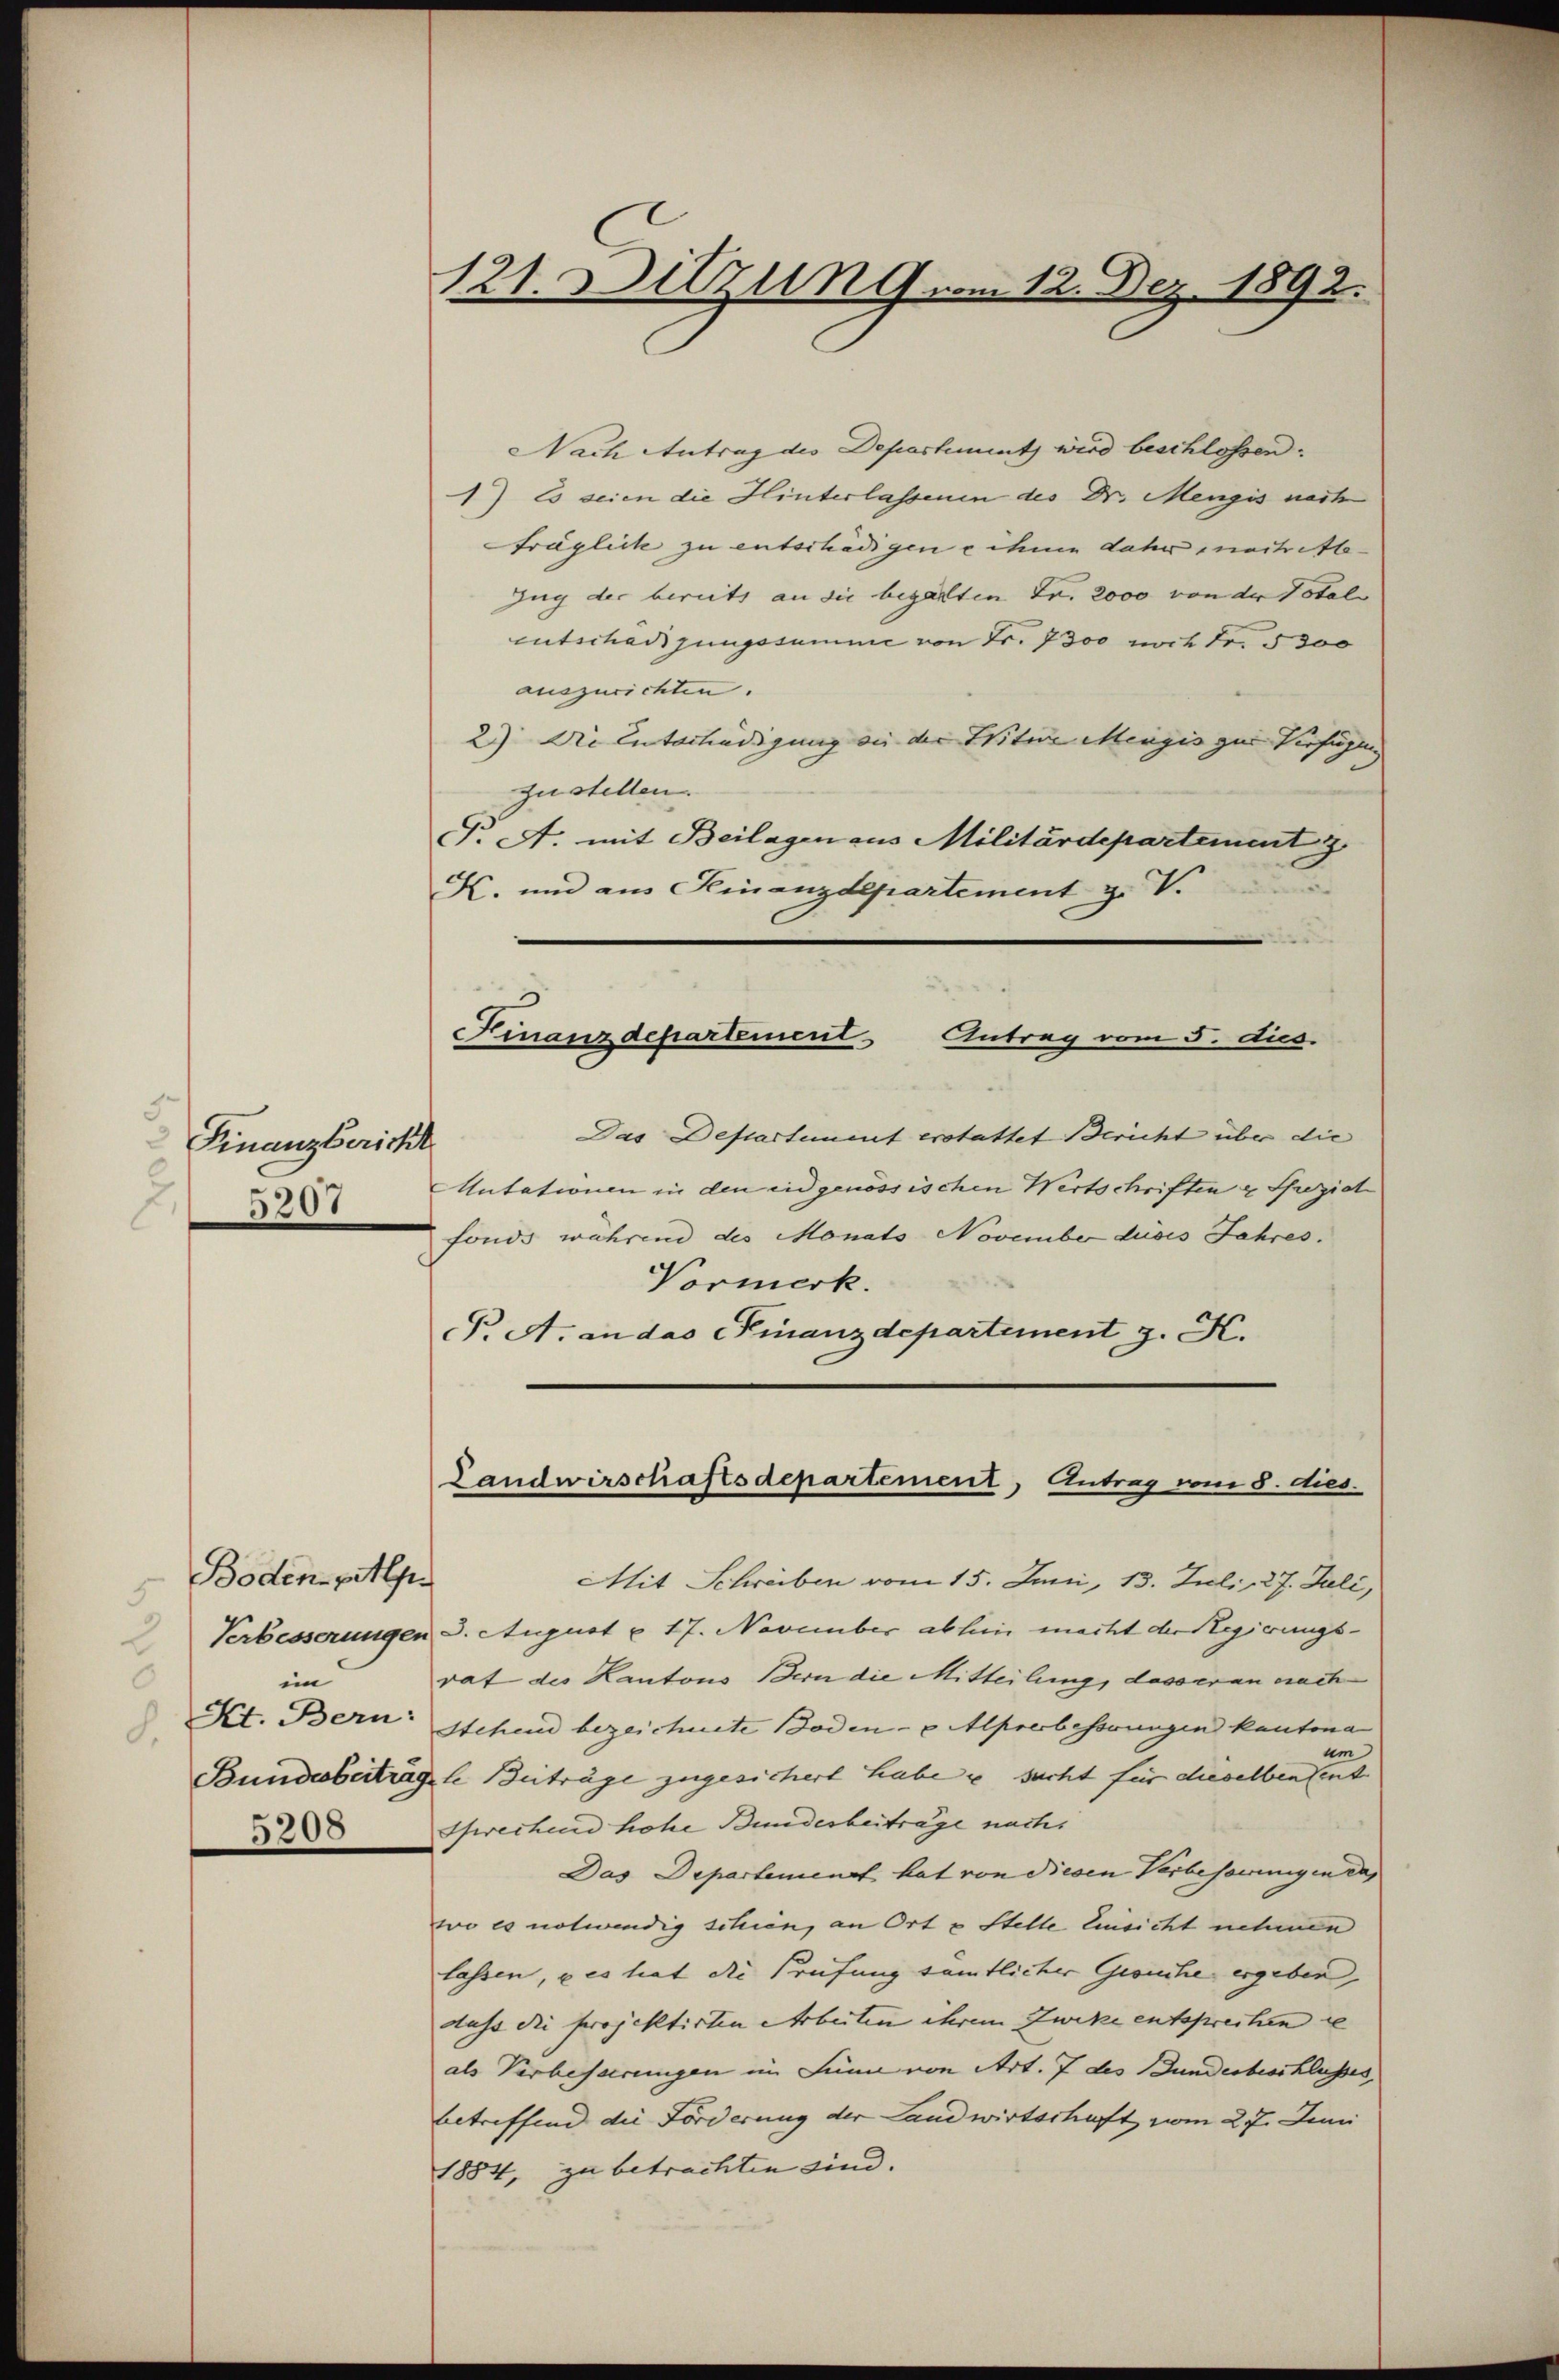
3.
Finanzbericht
5207
.

Boden pulse
5
im
0
5208

121. Ditzung. 12. Dez. 1892.

Nach Antrag des Departement wird beschlossen.
1) Es seien die Hinterlassenen des Dr. Mengis nach
träglich zu entschädigene ihnen daher machette¬
Zug der bereits an die begarten Fr. 2000 von der Total
entschädigungssumme von Fr. 7300 noch Fr. § 300
auszurichten.
2.) Die Untertendigung von der Witwe Menzis zur Verfügung
zustellen.
T. A. mit Beilagen aus Militärdepartement
K. und aus Finanzdepartement z. V.
Finanzdepartement
Antrag vom 5. dus.
Das Departement erstattet Bericht über die
Mutationen in den eidgenössischen Wertschriften & Spezich
fonds während des Monats November dises Jahres.
Vormerk.
F. A. an das Finanzdepartement z. K.

Landwirschaftsdepartement, Antrag vom 8. dies

Mit Schreiben vom 15. Juni, 13. Juli, 27. Juli,
Verbesserungen d. August u. 17. November abhin macht der Regierungsrat des Kantons Bern die Mitteilung, dasser an nach
Kt. Bern: Stehend bezeichnete Boden- u. Aprerbesserungen kantona
um
Bundeberträgen Beiträge zugesichert habe u sucht für dieselben ent
Pfrechend hohe Bundesbeiträge nach.
Das Departement hat von diesen Verbesorgen da
wo es notwendig schien, an Ort u Stelle Einsicht nehmen
lassen, u es hat die Prüfung sämtlicher Gesuche ergeben,
dass die projektirten Arbeiten ihrem Zweke entsprechen i
als Verbeserungen im Sinn von Art. 7 des Bundesbeschlusses,
betreffend die Forderung der Landwirtschaft vom 27. Juni
1884, zu betrachten sind.